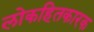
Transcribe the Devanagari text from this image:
लोकहितकारक